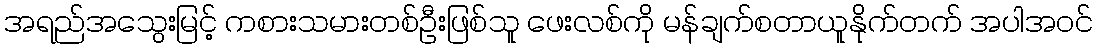
အရည်အသွေးမြင့် ကစားသမားတစ်ဦးဖြစ်သူ ဖေးလစ်ကို မန်ချက်စတာယူနိုက်တက် အပါအဝင်